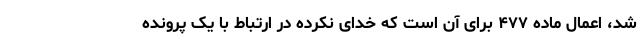
شد، اعمال ماده ۴۷۷ برای آن است که خدای نکرده در ارتباط با یک پرونده